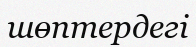
шөптердегі